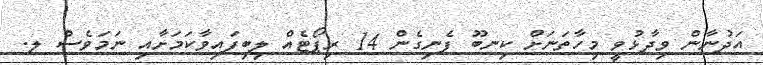
އަދުނާން ވިދާޅުވީ މިހާތަނަށް ކިނބޫ ފެނިގެން 14 ރިޕޯޓެއް ލިބިފައިވާކަމަށާއި ނަމަވެސް ލ.